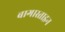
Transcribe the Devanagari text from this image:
बागास्ताइन